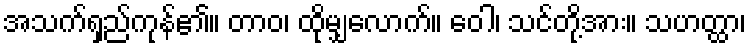
အသက်ရှည်ကုန်၏။ တာဝ၊ ထိုမျှလောက်။ ဝေါ၊ သင်တို့အား။ သဟတ္ထာ၊